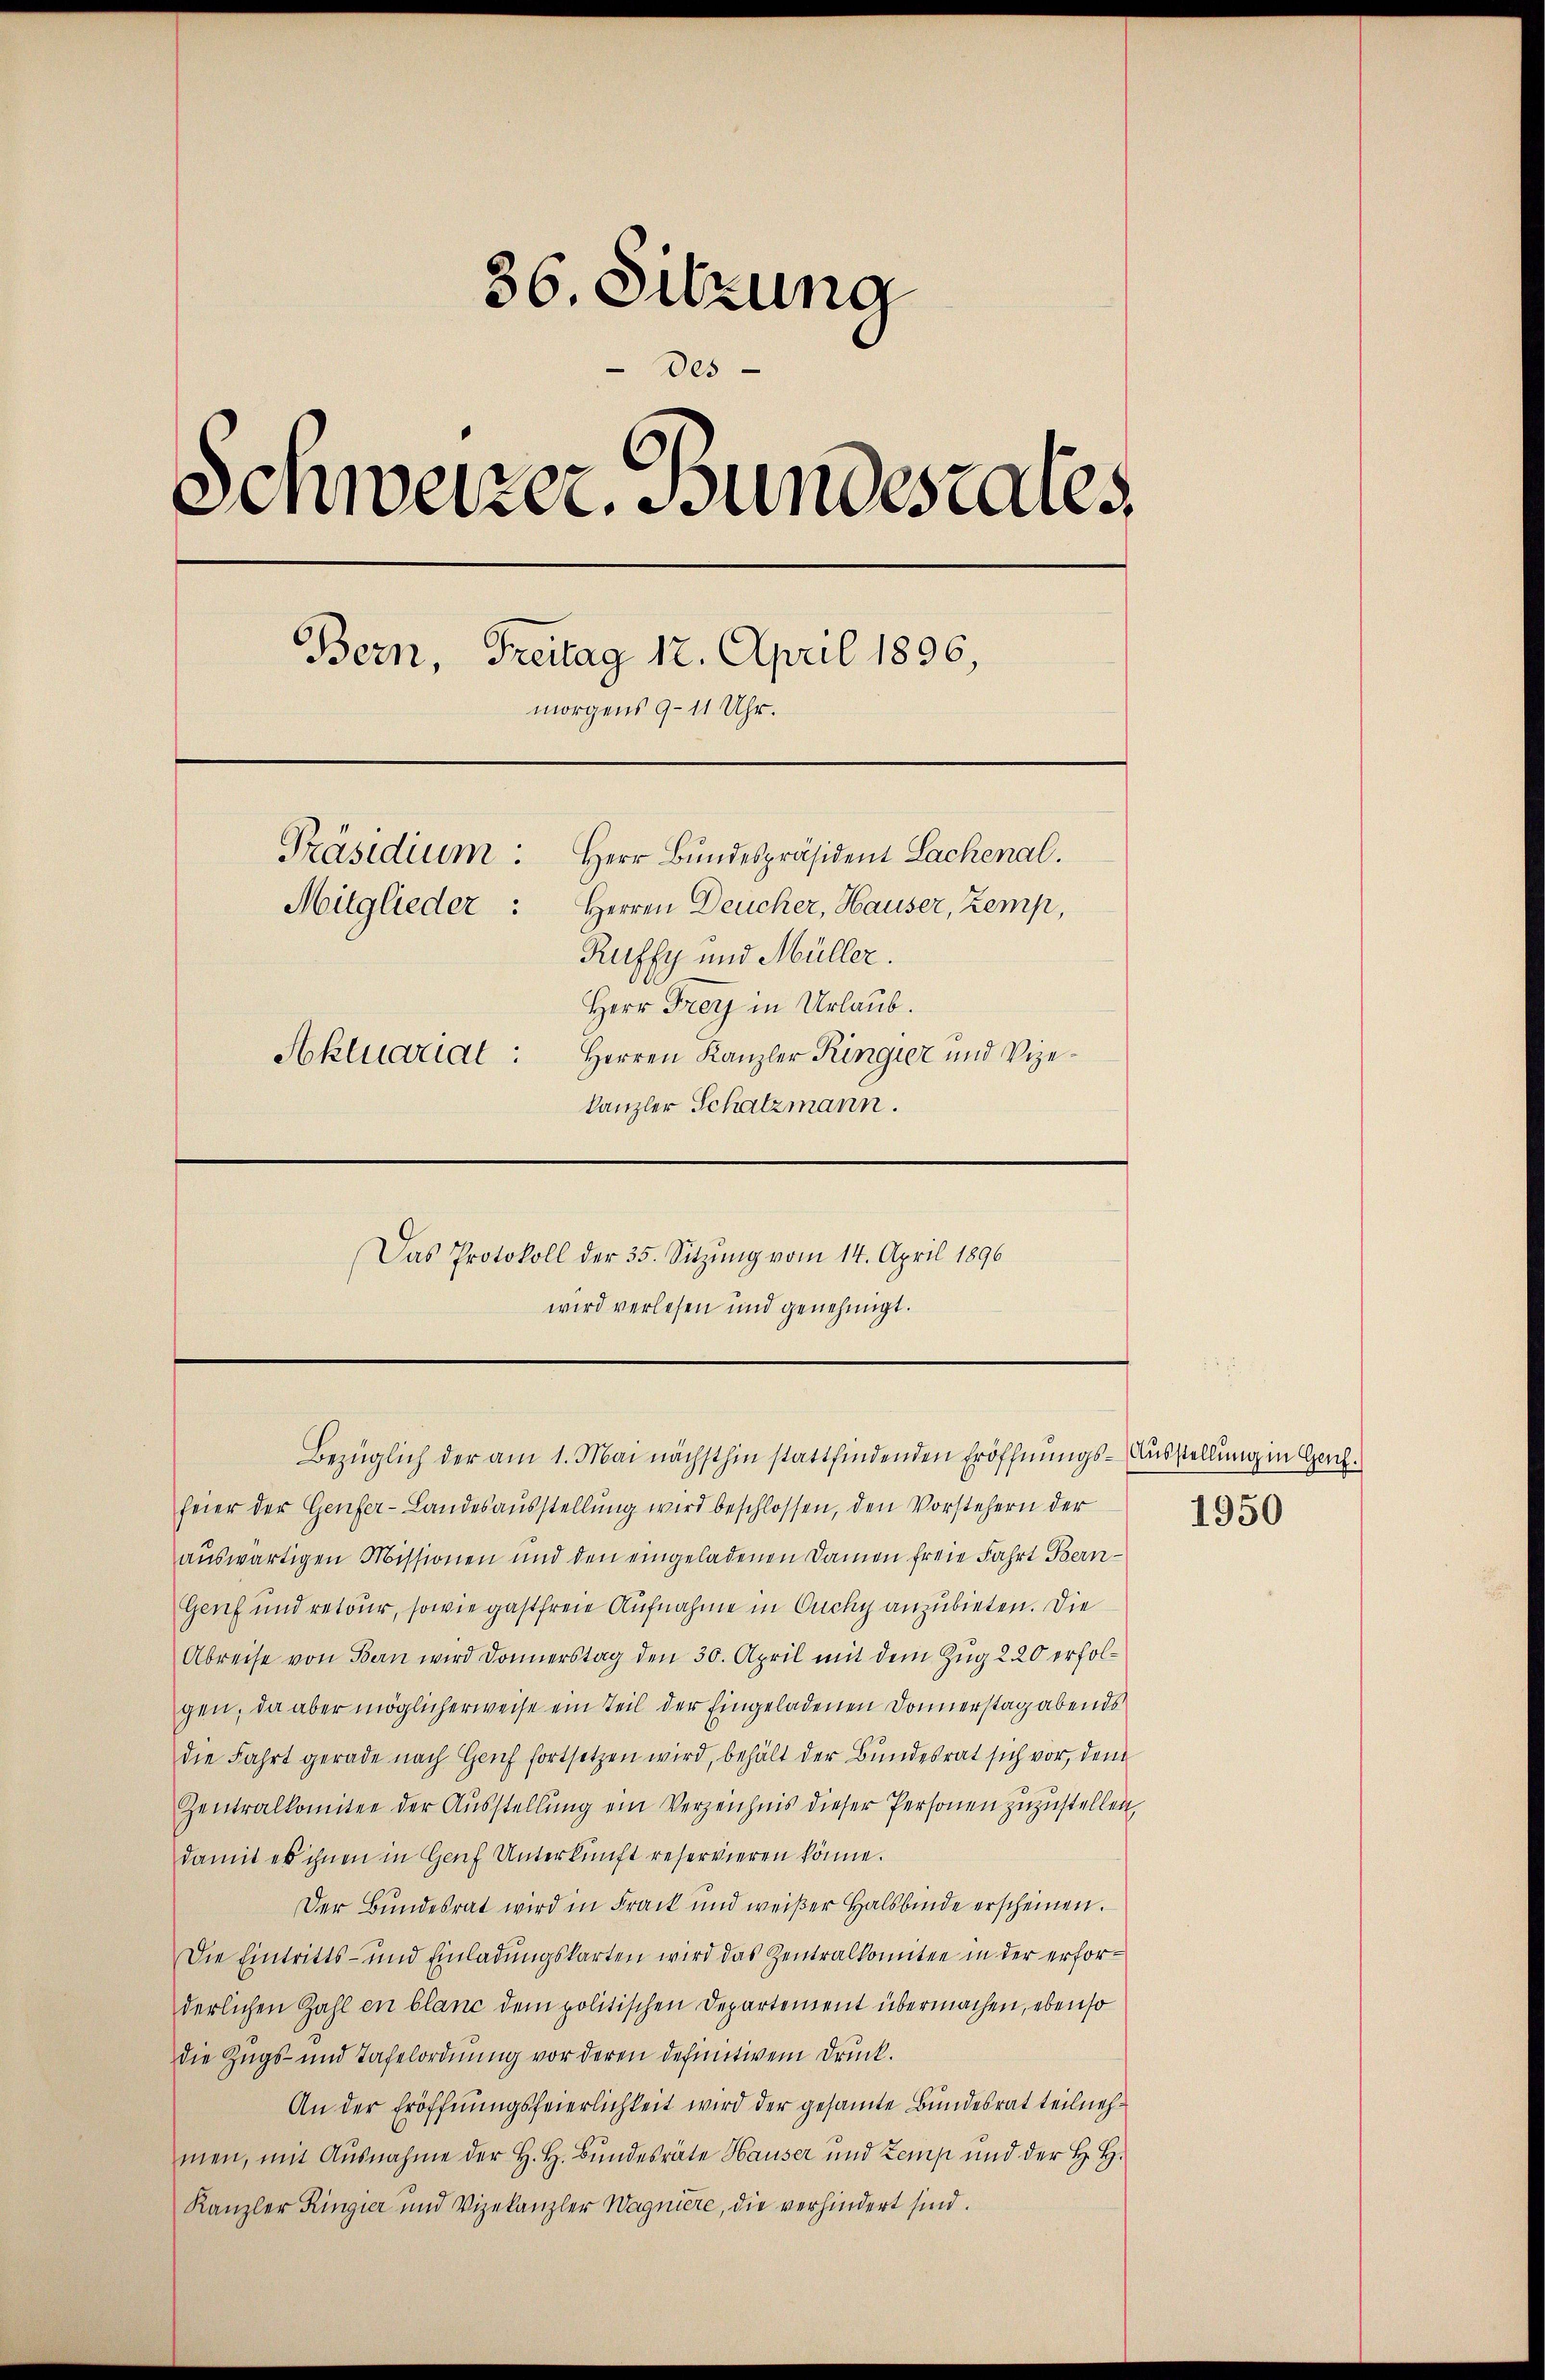
36. Sitzung
Des
Schweizer. Sundestales,
Bern, Freitag 12. April 1896,
morgens 9-11 Uhr.
Präsidium.
Herr Bundespräsident Lachenal.
Mitglieder:
Herren Deucher, Hauser, Zemp,
Ruffy und Müller.
Herr Frey in Urlaub.
Herren Kanzler Ringier und Vize¬
Aktuariat:
kanzler Schatzmann.
Das Protokoll der 35. Sitzung vom 14. April 1896
wird verlesen und genehmigt.

Bezüglich der am 1. Mai nächsthin stattfindenden Eröffnungs-Ausstellung in Genf.

feier der Genfer-Landesausstellung wird beschlossen, den Vorstehern der
auswärtigen Missionen und den eingeladenen Damen freie Fahrt Bern-
Genf und retour, sowie gastfreie Aufnahme in Ouchy anzubieten. Die
Abreise von Bern wird Donnerstag den 30. April mit dem Zug 2. 20 erfolgen, da aber möglicherweise ein Teil der Eingeladenen Donnerstag abends
die Fahrt gerade nach Genf fortsetzen wird, behält der Bundesrat sich vor, dem
Zentralkomitee der Aŭsstellŭng ein Verzeichnis dieser Personen zuzustellen,
damit es ihnen in Genf Unterkunft reservieren könne.
Der Bundesrat wird in Frack und weißer Halsbinde erscheinen.
Die Eintritts- und Einladungskarten wird das Zentralkomitee in der erforderlichen Zahl en blanc dem politischen Departement übermachen, ebenso
die Zugs- und Tafelordnung vor deren definitivem Druck.
An der Eröffnungsfeierlichkeit wird der gesamte Bundesrat teilnehmen, mit Ausnahme der H. H. Bundesräte Hauser und Zemp und der H. H.
Kanzler Ringier und Vizekanzler Wagniere, die verhindert sind.

1950